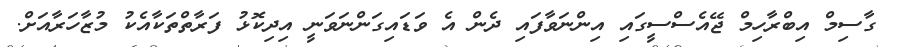
ގާސިމް އިބްރާހިމް ޖޭއެސްސީގައި އިންނަވާފައި ދެން އެ ވަޑައިގަންނަވަނީ އިދިކޮޅު ފަރާތްތަކާއެކު މުޒާހަރާއަށް.